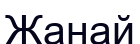
Жанай